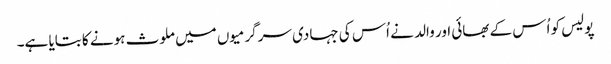
پولیس کو اُس کے بھائی اور والد نے اُس کی جہادی سرگرمیوں میں ملوث ہونے کا بتایا ہے۔